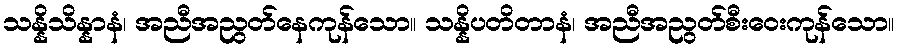
သန္နိသိန္နာနံ၊ အညီအညွတ်နေကုန်သော။ သန္နိပတိတာနံ၊ အညီအညွတ်စီးဝေးကုန်သော။